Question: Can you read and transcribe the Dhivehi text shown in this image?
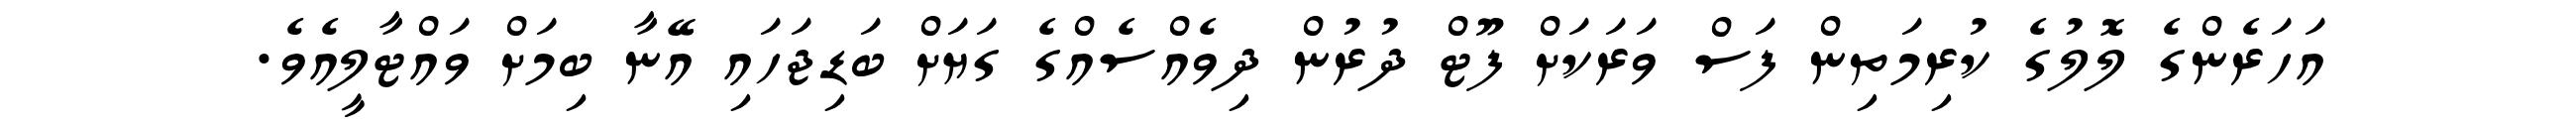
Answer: އަހަރެންގެ ލޮލުގެ ކުރިމަތިން ފަސް ވަރަކަށް ފޫޓް ދުރުން ދިވެއްސެއްގެ ގަޔަށް ބަޑިޖަހައި އޭނާ ބިމަށް ވައްޓާލީއެވެ.